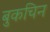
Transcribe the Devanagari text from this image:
बुकचिन